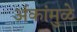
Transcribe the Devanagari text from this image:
अंकांमुळे